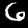
Digit: 6